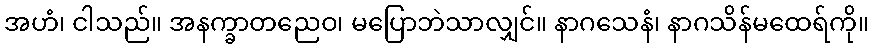
အဟံ၊ ငါသည်။ အနက္ခာတညေဝ၊ မပြောဘဲသာလျှင်။ နာဂသေနံ၊ နာဂသိန်မထေရ်ကို။